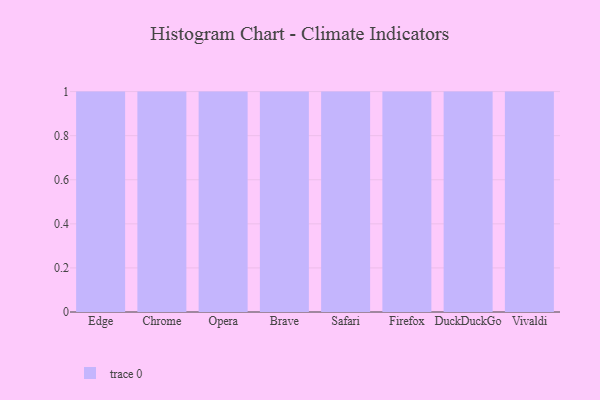
{"axis": {"x": "Browser", "y": "Active Users"}, "legend": [""], "data": [{"x": "Edge", "y": 47, "type": ""}, {"x": "Chrome", "y": 79, "type": ""}, {"x": "Opera", "y": 91, "type": ""}, {"x": "Brave", "y": 70, "type": ""}, {"x": "Safari", "y": 56, "type": ""}, {"x": "Firefox", "y": 1, "type": ""}, {"x": "DuckDuckGo", "y": 10, "type": ""}, {"x": "Vivaldi", "y": 83, "type": ""}]}